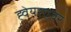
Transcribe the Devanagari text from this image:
ह्वेयरएवर